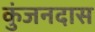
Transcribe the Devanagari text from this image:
कुंजनदास